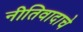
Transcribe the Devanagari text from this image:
नीतिवादाचे